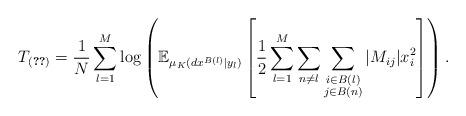
LaTeX: \begin{align*} T_{\eqref{e_difference_cg_hamiltonian}} = \frac{1}{N} \sum_{l=1}^{M} \log \left( \mathbb{E}_{\mu_K (dx^{B(l)} | y_l)} \left[ \frac{1}{2} \sum_{l=1}^{M} \sum_{n \neq l} \sum_{\substack{i \in B(l) \\ j \in B(n)}} |M_{ij}| x_i ^2 \right] \right) .\end{align*}